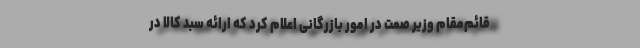
قائم‌مقام وزیر صمت در امور بازرگانی اعلام کرد که ارائه سبد کالا در